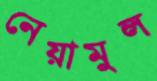
নেয়ামুল